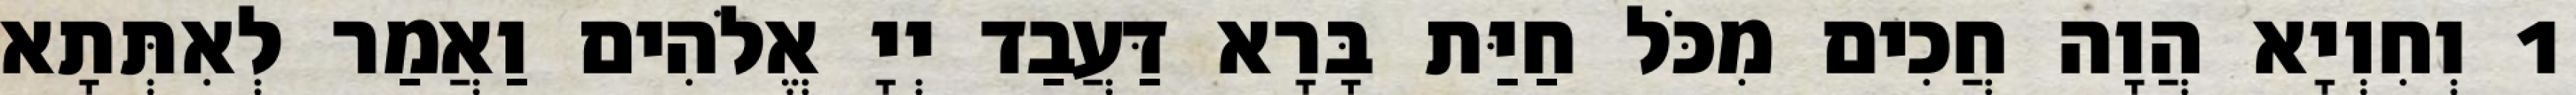
1 וְחִוְיָא הֲוָה חֲכִים מִכֹּל חַיַּת בָּרָא דַּעֲבַד יְיָ אֱלֹהִים וַאֲמַר לְאִתְּתָא